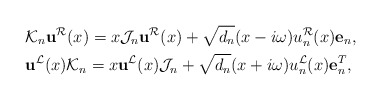
\begin{align*}&\mathcal{K}_n\mathbf{u}^{\mathcal{R}}(x)=x\mathcal{J}_n\mathbf{u}^{\mathcal{R}}(x)+\sqrt{d_{n}}(x-i\omega)u_{n}^{\mathcal{R}}(x)\mathbf{e}_n, \\&\mathbf{u}^{\mathcal{L}}(x)\mathcal{K}_n=x\mathbf{u}^{\mathcal{L}}(x)\mathcal{J}_n+\sqrt{d_{n}}(x+i\omega)u_{n}^{\mathcal{L}}(x)\mathbf{e}_n^{T}, \end{align*}